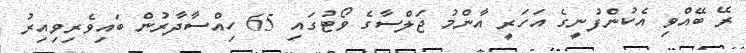
ރޭ ބޭއްވި އެކުންފުނީގެ އަހަރީ އާންމު ޖަލްސާގެ ވޯޓުގައި 65 ހިއްސާދާރުން ބައިވެރިވިއިރު